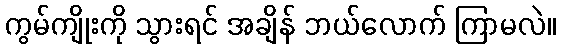
ကွမ်ကျိုးကို သွားရင် အချိန် ဘယ်လောက် ကြာမလဲ။